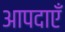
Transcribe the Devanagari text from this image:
आपदाएँ